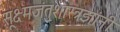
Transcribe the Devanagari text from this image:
सूक्ष्मजंतुशास्त्रज्ञांनी